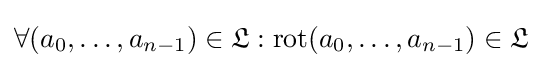
\forall (a_{0},\ldots ,a_{n-1})\in {\mathfrak {L}}:\operatorname {rot} (a_{0},\ldots ,a_{n-1})\in {\mathfrak {L}}